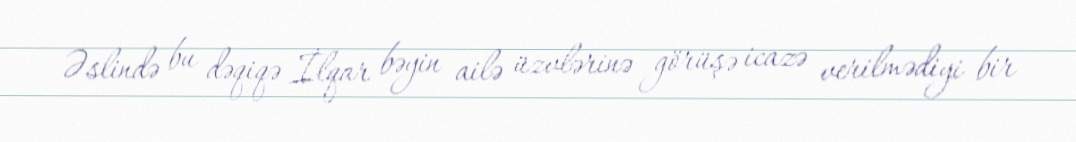
Əslində bu dəqiqə İlqar bəyin ailə üzvlərinə görüşə icazə verilmədiyi bir